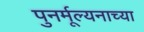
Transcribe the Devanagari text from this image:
पुनर्मूल्यनाच्या